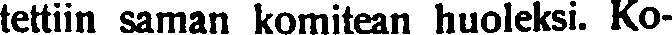
tettiin saman komitean huoleksi. Ko-